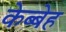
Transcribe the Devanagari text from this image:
केब्बेह